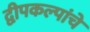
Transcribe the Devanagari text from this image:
द्वीपकल्पांचे